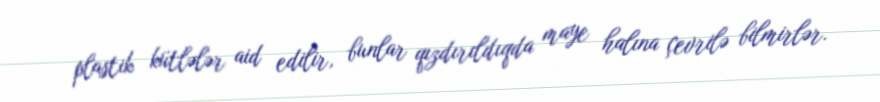
plastik kütlələr aid edilir, bunlar qızdırıldıqda maye halına çevrilə bilmirlər.